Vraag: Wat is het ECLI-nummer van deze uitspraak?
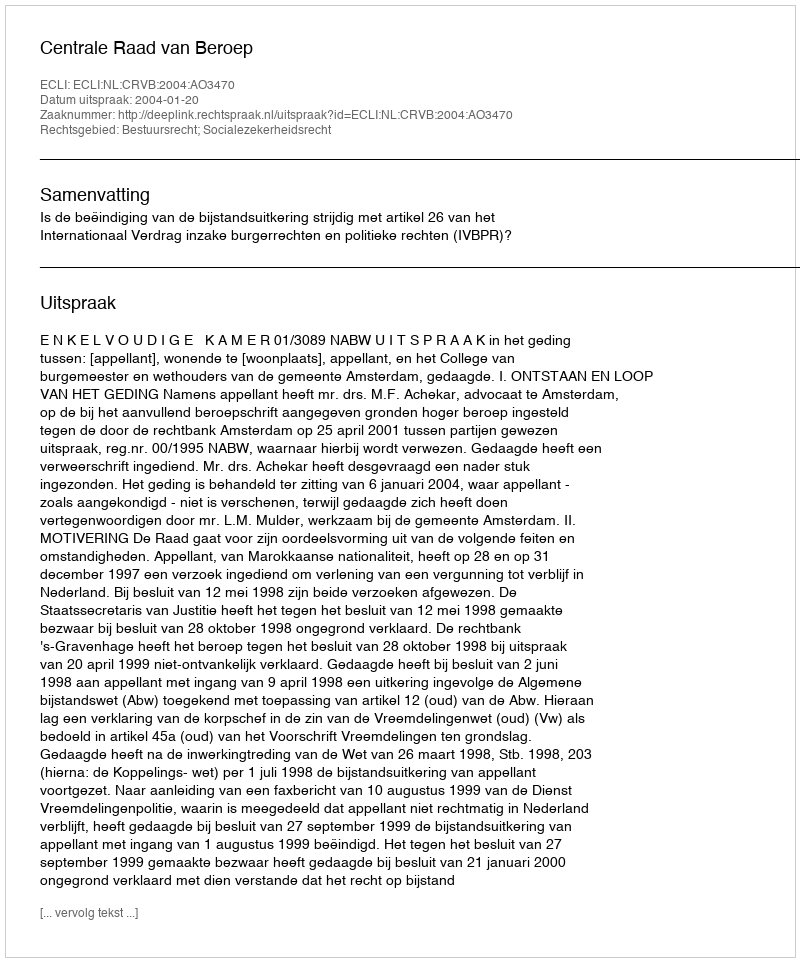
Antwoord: ECLI:NL:CRVB:2004:AO3470